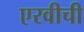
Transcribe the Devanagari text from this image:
एरवीची